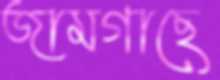
জামগাছে